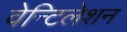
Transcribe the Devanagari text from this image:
वेन्टिलेशन